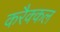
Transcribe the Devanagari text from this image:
करैक्कल